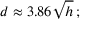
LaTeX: d \approx 3 . 8 6 { \sqrt { h } } \, ;